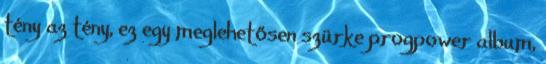
tény az tény, ez egy meglehetősen szürke progpower album,